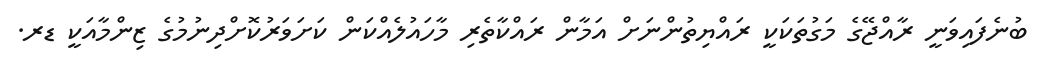
ބުނެފައިވަނީ ރާއްޖޭގެ މަގުތަކަކީ ރައްޔިތުންނަށް އަމާން ރައްކާތެރި މާހައުލެއްކަން ކަށަވަރުކޮށްދިނުމުގެ ޒިންމާއަކީ ޑރ.